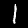
Label: 1